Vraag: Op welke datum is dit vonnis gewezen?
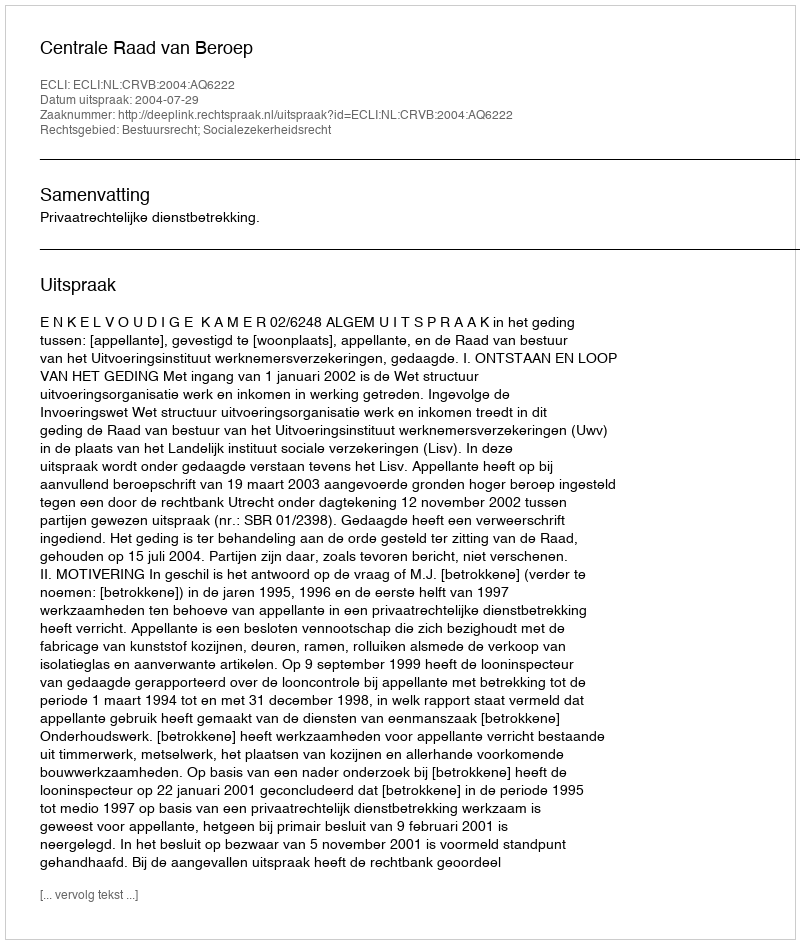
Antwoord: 2004-07-29